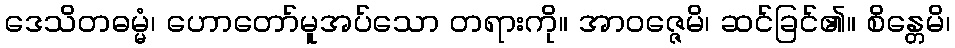
ဒေသိတဓမ္မံ၊ ဟောတော်မူအပ်သော တရားကို။ အာဝဇ္ဇေမိ၊ ဆင်ခြင်၏။ စိန္တေမိ၊